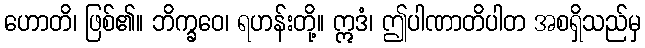
ဟောတိ၊ ဖြစ်၏။ ဘိက္ခဝေ၊ ရဟန်းတို့။ ဣဒံ၊ ဤပါဏာတိပါတ အစရှိသည်မှ